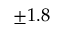
\pm 1 . 8